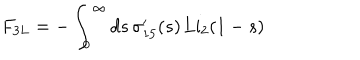
F _ { 3 L } = - \int _ { 0 } ^ { \infty } d s \, \sigma _ { 1 5 } ^ { \prime } ( s ) \, \mathrm { L i } _ { 2 } ( 1 - s )